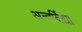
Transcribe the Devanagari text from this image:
अन्तर्विद्या